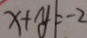
x + y \vert = - 2